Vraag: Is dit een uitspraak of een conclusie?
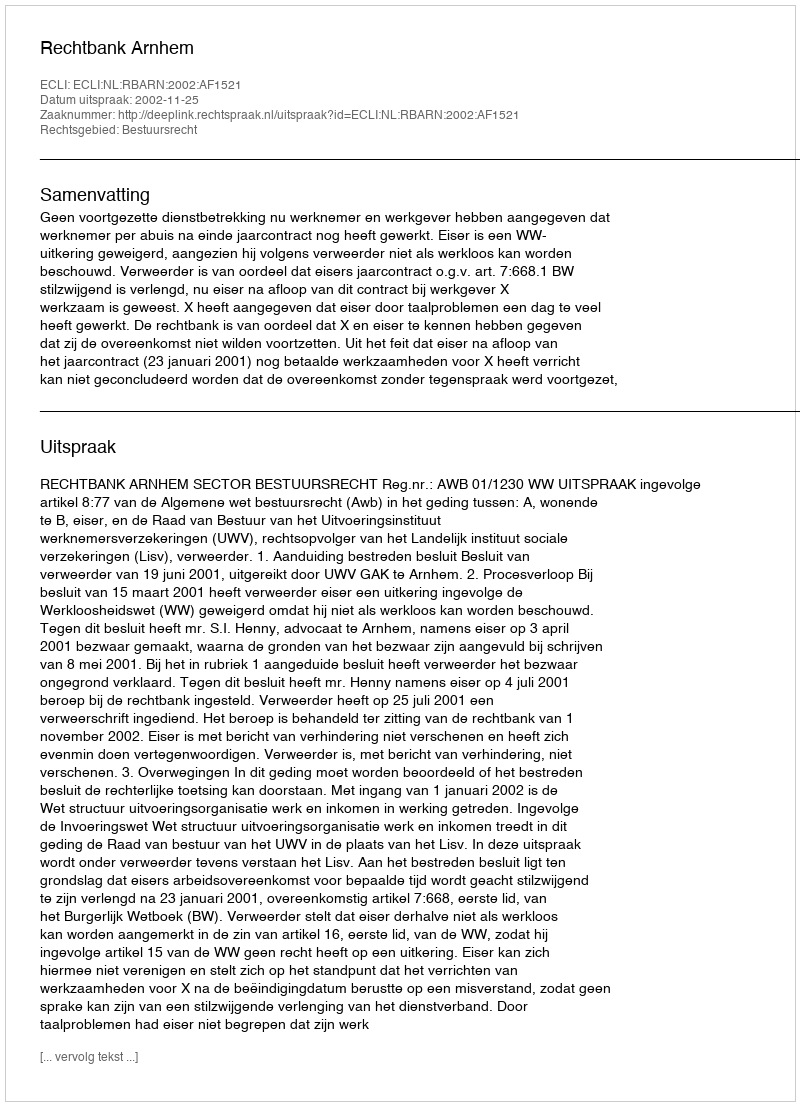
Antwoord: Uitspraak